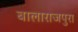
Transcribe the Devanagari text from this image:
बालाराजपुरा